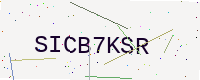
Text: SICB7KSR